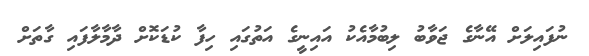
ނުފައިލަށް އޭނާގެ ޖަވާބު ލިބުމާއެކު އައިނީގެ އަތުގައި ހިފާ ކުޑަކޮށް ދާމާލާފައި ގާތަށް